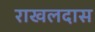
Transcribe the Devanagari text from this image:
राखलदास